Insane asylums in Bengal annual reports 1867-1875 - 1867-1875
Year: 1867
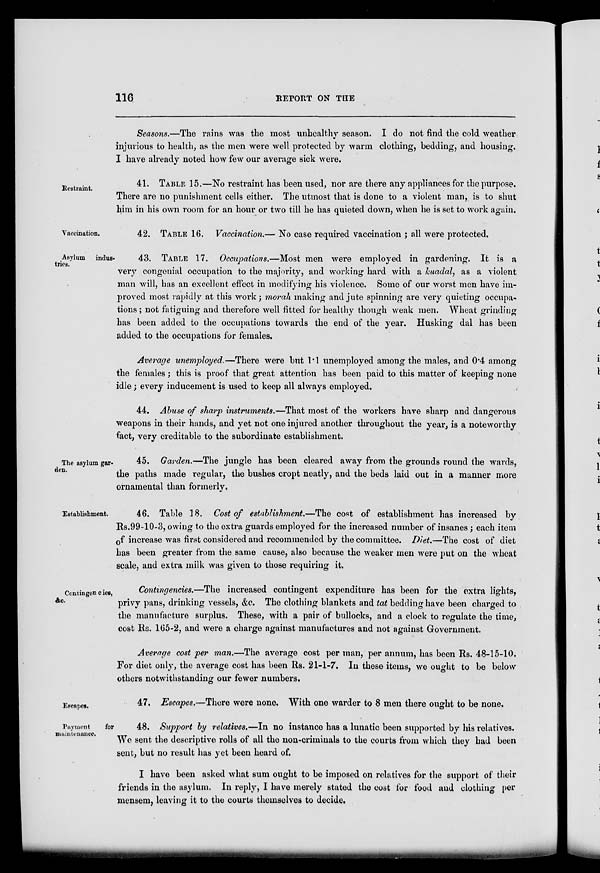
116
REPORT ON THE
Seasons.—The rains was the most unhealthy season. I do not find the cold weather
injurious to health, as the men were well protected by warm clothing, bedding, and housing.
I have already noted how few our average sick were.
Restraint.
41. TABLE 15.—No restraint has been used, nor are there any appliances for the purpose.
There are no punishment cells either. The utmost that is done to a violent man, is to shut
him in his own room for an hour or two till he has quieted down, when he is set to work again.
Vaccination,
42. TABLE 16. Vaccination.— No case required vaccination ; all were protected.
Asylum
indus-
tries.
43. TABLE 17. Occupations.—Most men were employed in gardening. It is a
very congenial occupation to the majority, and working hard with a kuadal, as a violent
man will, has an excellent effect in modifying his violence. Some of our worst men have im-
proved most rapidly at this work ; morah making and jute spinning are very quieting occupa-
tions ; not fatiguing and therefore well fitted for healthy though weak men. Wheat grinding
has been added to the occupations towards the end of the year. Husking dal has been
added to the occupations for females.
Average unemployed.—There were but 1.1 unemployed among the males, and 0.4 among
the females ; this is proof that great attention has been paid to this matter of keeping none
idle ; every inducement is used to keep all always employed.
44. Abuse of sharp instruments.—That most of the workers have sharp and dangerous
weapons in their hands, and yet not one injured another throughout the year, is a noteworthy
fact, very creditable to the subordinate establishment.
The asylum gar-
den.
45. Garden.—The jungle has been cleared away from the grounds round the wards,
the paths made regular, the bushes cropt neatly, and the beds laid out in a manner more
ornamental than formerly.
Establishment.
46. Table 18. Cost of establishment.—The cost of establishment has increased by
Rs.99-10-3, owing to the extra guards employed for the increased number of insanes ; each item
of increase was first considered and recommended by the committee. Diet.—The cost of diet
has been greater from the same cause, also because the weaker men were put on the wheat
scale, and extra milk was given to those requiring it.
Contingencies,
&c.
Contingencies.—The increased contingent expenditure has been for the extra lights,
privy pans, drinking vessels, &c. The clothing blankets and tat bedding have been charged to
the manufacture surplus. These, with a pair of bullocks, and a clock to regulate the time,
cost Rs. 165-2, and were a charge against manufactures and not against Government.
Average cost per man.—The average cost per man, per annum, has been Rs. 48-15-10.
For diet only, the average cost has been Rs. 21-1-7. In these items, we ought to be below
others notwithstanding our fewer numbers.
Escapes.
47. Escapes.—There were none. With one warder to 8 men there ought to be none.
Payment
for
maintenance.
48. Support by relatives.—In no instance has a lunatic been supported by his relatives.
We sent the descriptive rolls of all the non-criminals to the courts from which they had been
sent, but no result has yet been heard of.
I have been asked what sum ought to be imposed on relatives for the support of their
friends in the asylum. In reply, I have merely stated the cost for food and clothing per
mensem, leaving it to the courts themselves to decide.